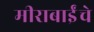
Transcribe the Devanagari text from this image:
मीराबाईंचे